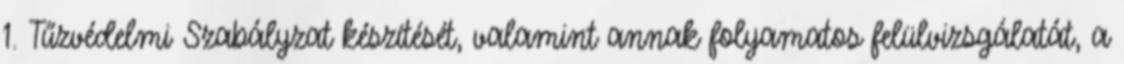
1. Tűzvédelmi Szabályzat készítését, valamint annak folyamatos felülvizsgálatát, a